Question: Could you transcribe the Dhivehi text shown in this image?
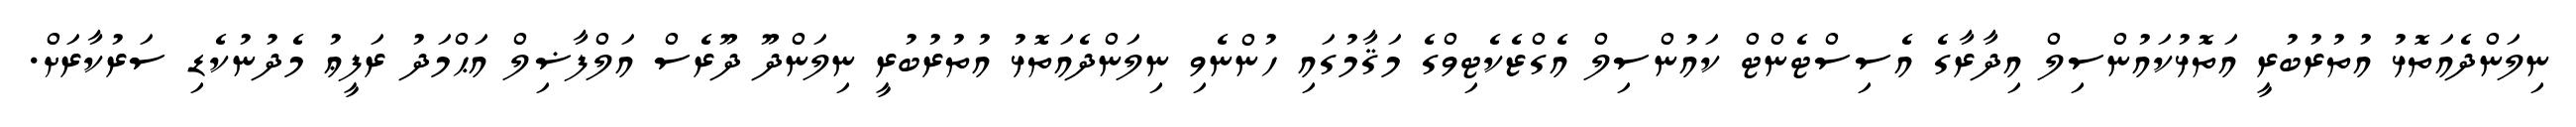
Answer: ނިލަންދެއަތޮޅު އުތުރުބުރީ އަތޮޅުކައުންސިލް އިދާރާގެ އެސިސްޓެންޓް ކައުންސިލް އެގްޒެކެޓިވްގެ މަޤާމުގައި ހުންނެވި ނިލަންދެއަތޮޅު އުތުރުބުރީ ނިލަންދޫ ދޫރެސް އަލްފާޟިލް އަޙްމަދު ރަފީޢު މެދުނުކެޑި ސަރުކާރަށް.